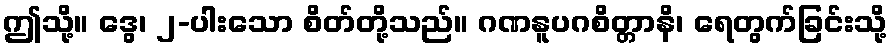
ဤသို့။ ဒွေ၊ ၂-ပါးသော စိတ်တို့သည်။ ဂဏနူပဂစိတ္တာနိ၊ ရေတွက်ခြင်းသို့